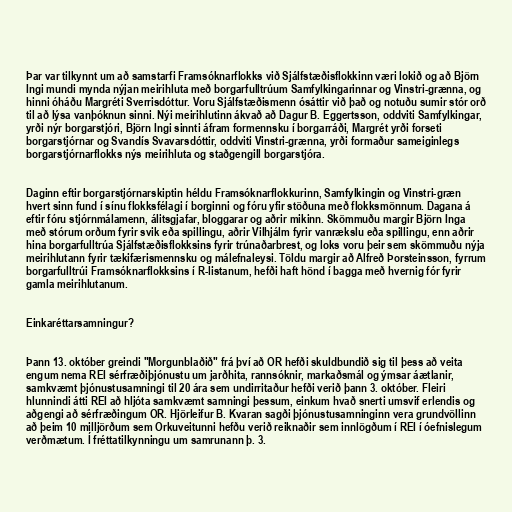
Þar var tilkynnt um að samstarfi Framsóknarflokks við Sjálfstæðisflokkinn væri lokið og að Björn
Ingi mundi mynda nýjan meirihluta með borgarfulltrúum Samfylkingarinnar og Vinstri-grænna, og
hinni óháðu Margréti Sverrisdóttur. Voru Sjálfstæðismenn ósáttir við það og notuðu sumir stór orð
til að lýsa vanþóknun sinni. Nýi meirihlutinn ákvað að Dagur B. Eggertsson, oddviti Samfylkingar,
yrði nýr borgarstjóri, Björn Ingi sinnti áfram formennsku í borgarráði, Margrét yrði forseti
borgarstjórnar og Svandís Svavarsdóttir, oddviti Vinstri-grænna, yrði formaður sameiginlegs
borgarstjórnarflokks nýs meirihluta og staðgengill borgarstjóra.

Daginn eftir borgarstjórnarskiptin héldu Framsóknarflokkurinn, Samfylkingin og Vinstri-græn
hvert sinn fund í sínu flokksfélagi í borginni og fóru yfir stöðuna með flokksmönnum. Dagana á
eftir fóru stjórnmálamenn, álitsgjafar, bloggarar og aðrir mikinn. Skömmuðu margir Björn Inga
með stórum orðum fyrir svik eða spillingu, aðrir Vilhjálm fyrir vanrækslu eða spillingu, enn aðrir
hina borgarfulltrúa Sjálfstæðisflokksins fyrir trúnaðarbrest, og loks voru þeir sem skömmuðu nýja
meirihlutann fyrir tækifærismennsku og málefnaleysi. Töldu margir að Alfreð Þorsteinsson, fyrrum
borgarfulltrúi Framsóknarflokksins í R-listanum, hefði haft hönd í bagga með hvernig fór fyrir
gamla meirihlutanum.

Einkaréttarsamningur?

Þann 13. október greindi "Morgunblaðið" frá því að OR hefði skuldbundið sig til þess að veita
engum nema REI sérfræðiþjónustu um jarðhita, rannsóknir, markaðsmál og ýmsar áætlanir,
samkvæmt þjónustusamningi til 20 ára sem undirritaður hefði verið þann 3. október. Fleiri
hlunnindi átti REI að hljóta samkvæmt samningi þessum, einkum hvað snerti umsvif erlendis og
aðgengi að sérfræðingum OR. Hjörleifur B. Kvaran sagði þjónustusamninginn vera grundvöllinn
að þeim 10 milljörðum sem Orkuveitunni hefðu verið reiknaðir sem innlögðum í REI í óefnislegum
verðmætum. Í fréttatilkynningu um samrunann þ. 3.